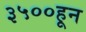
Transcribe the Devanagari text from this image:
३५००हून